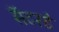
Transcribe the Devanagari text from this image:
सॅटरडे